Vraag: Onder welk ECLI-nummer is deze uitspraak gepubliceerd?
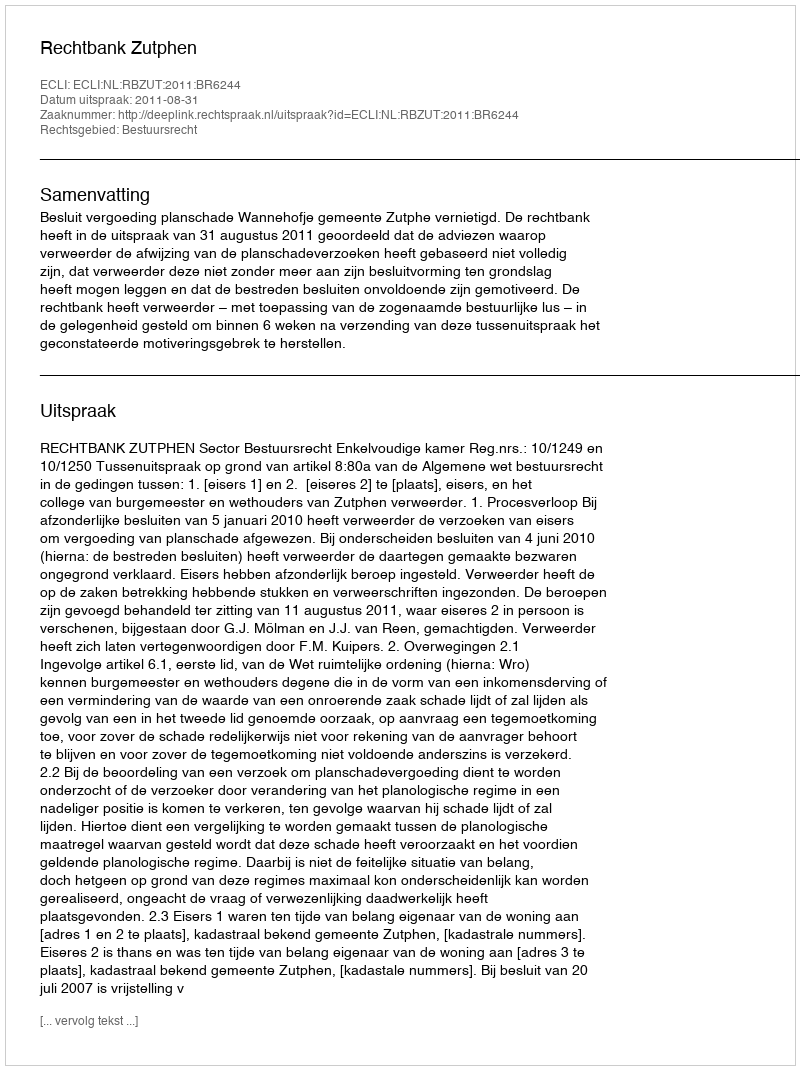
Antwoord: ECLI:NL:RBZUT:2011:BR6244